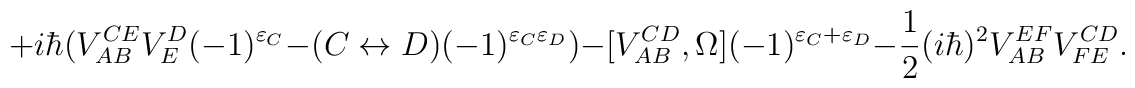
+i\hbar(V^{CE}_{AB}V^D_E(-1)^{\varepsilon_C}-(C\leftrightarrow D)(-1)^{\varepsilon_C\varepsilon_D})-[V^{CD}_{AB},\Omega](-1)^{\varepsilon_C+\varepsilon_D}-\frac{1}{2}(i\hbar)^2V^{EF}_{AB}V^{CD}_{FE}.